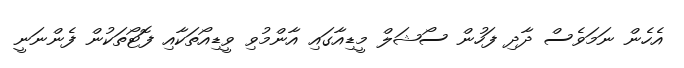
އެހެން ނަމަވެސް ދާދި ފަހުން ސޯޝަލް މީޑިއާގައި އާންމުވި ވީޑިއޯތަކާއި ފޮޓޯތަކުން ފެންނަނީ